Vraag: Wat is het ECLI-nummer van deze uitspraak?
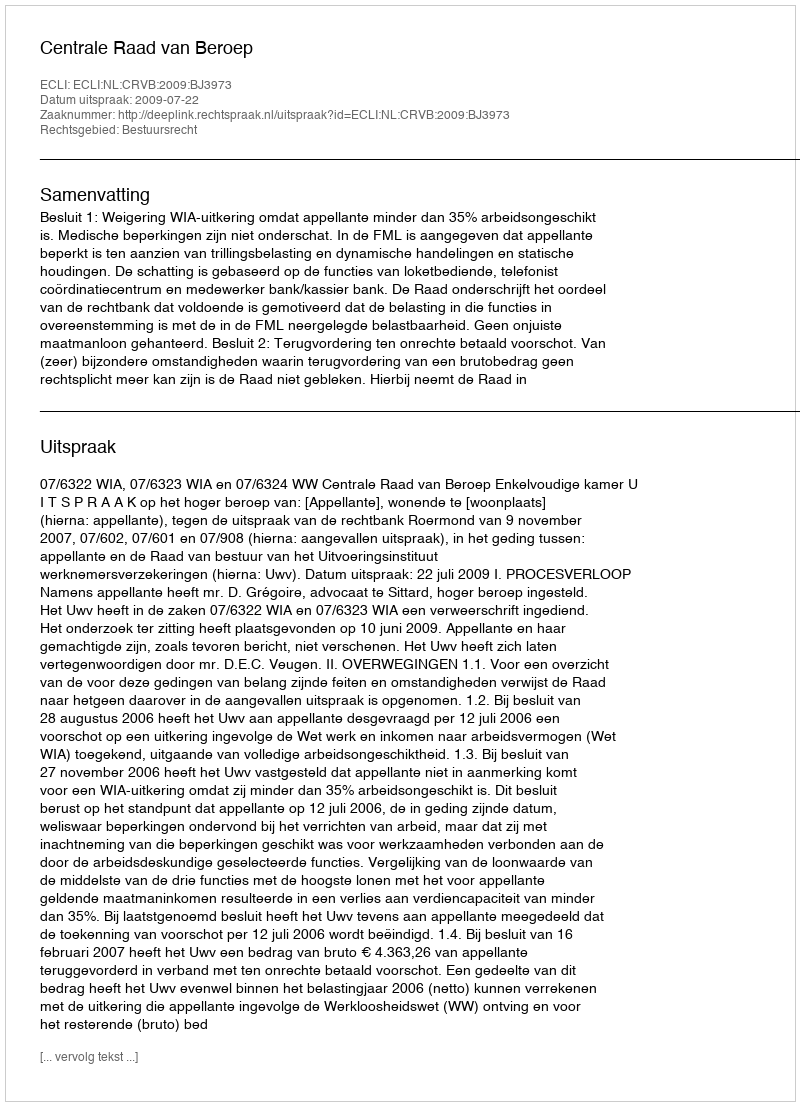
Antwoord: ECLI:NL:CRVB:2009:BJ3973